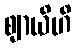
ဈာယိဟိ